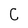
Character: C